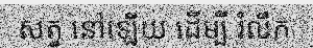
សត្វ នៅឡើយ ដើម្បី រំលឹក